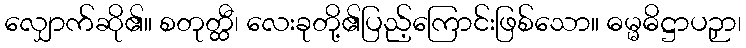
လျှောက်ဆို၏။ စတုတ္ထီ၊ လေးခုတို့၏ပြည့်ကြောင်းဖြစ်သော။ ဓမ္မဓိဋ္ဌာပဉှာ၊